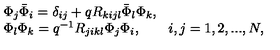
\begin{array} { l } { \Phi _ { j } \bar { \Phi } _ { i } = \delta _ { i j } + q R _ { k i j l } \bar { \Phi } _ { l } \Phi _ { k } , } \\ { \Phi _ { l } \Phi _ { k } = q ^ { - 1 } R _ { j i k l } \Phi _ { j } \Phi _ { i } , \qquad i , j = 1 , 2 , . . . , N , } \\ \end{array}